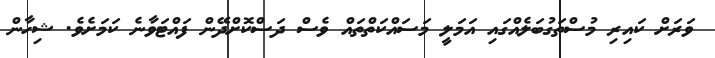
ވަރަށް ކައިރި މުސްތަގުބަލެއްގައި އަމަލީ މަސައްކަތްތައް ވެސް ދަސްކޮށްދޭން ފައްޓަވާނެ ކަމަށެވެ. ޝިހާން